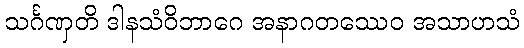
သင်္ဂဏှတိ ဒါနသံဝိဘာဂေ အနာဂတဿေဝ အသာဟသံ